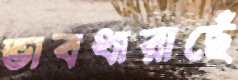
ভাবধারাছেঁ